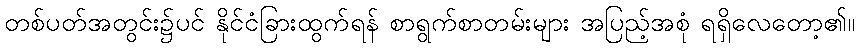
တစ်ပတ်အတွင်း၌ပင် နိုင်ငံခြားထွက်ရန် စာရွက်စာတမ်းများ အပြည့်အစုံ ရရှိလေတော့၏။